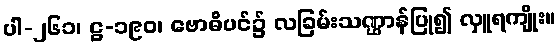
ပါ-၂၆၁၊ ဋ္ဌ-၁၉၀၊ ဗောဓိပင်၌ လခြမ်းသဏ္ဌာန်ပြု၍ လှူရကျိုး။